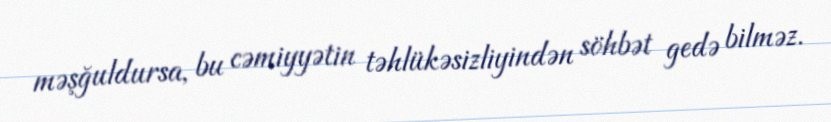
məşğuldursa, bu cəmiyyətin təhlükəsizliyindən söhbət gedə bilməz.